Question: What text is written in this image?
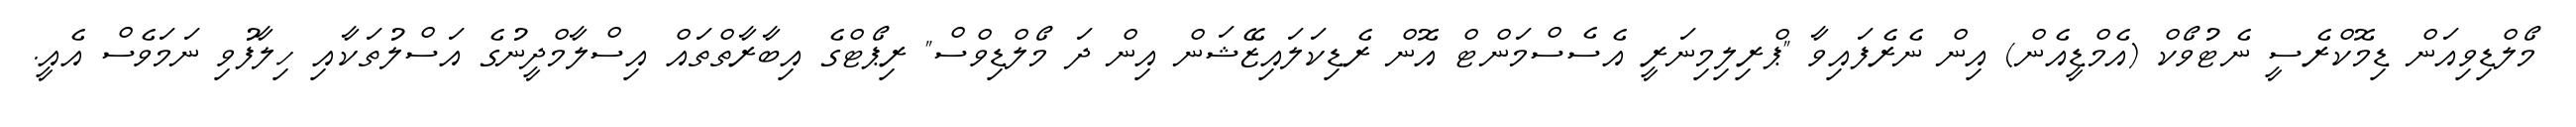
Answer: މޯލްޑިވިއަން ޑިމޮކްރެސީ ނެޓުވޯކް (އެމްޑީއެން) އިން ނެރެފައިވާ "ޕްރިލިމިނަރީ އެސެސްމަންޓް އޮން ރެޑިކަލައިޒޭޝަން އިން ދަ މޯލްޑިވްސް" ރިޕޯޓްގެ އިބާރާތްތައް އިސްލާމްދީނުގެ އަސްލުތަކާއި ހިލާފުވި ނަމަވެސް އެއީ.